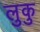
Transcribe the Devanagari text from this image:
लुकु